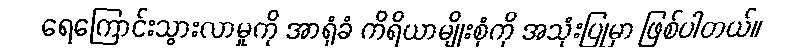
ရေကြောင်းသွားလာမှုကို အာရုံခံ ကိရိယာမျိုးစုံကို အသုံးပြုမှာ ဖြစ်ပါတယ်။